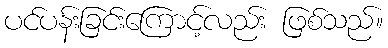
ပင်ပန်းခြင်းကြောင့်လည်း ဖြစ်သည်။